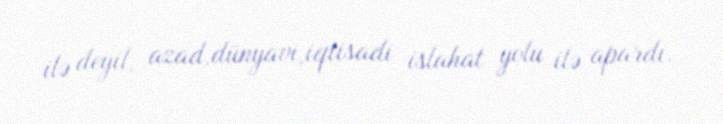
ilə deyil, azad,dünyavi,iqtisadi islahat yolu ilə apardı.